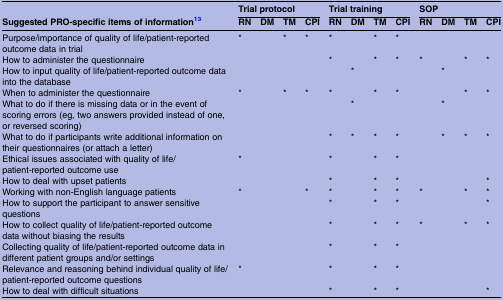
|  | <COLSPAN=4> Trial protocol | <COLSPAN=4> Trial training | <COLSPAN=4> SOP |
 | Suggested PRO-specific items of information13 | RN | DM | TM | CPI | RN | DM | TM | CPI | RN | DM | TM | CPI |
 | --- | --- | --- | --- | --- | --- | --- | --- | --- | --- | --- | --- | --- |
 | Purpose/importance of quality of life/patient-reported outcome data in trial | * |  | * | * | * |  | * | * |  |  |  |  |
 | How to administer the questionnaire |  |  |  |  | * |  | * | * | * |  | * | * |
 | How to input quality of life/patient-reported outcome data into the database |  |  |  |  |  | * |  |  |  | * |  |  |
 | When to administer the questionnaire | * |  | * | * | * |  | * | * |  |  | * | * |
 | What to do if there is missing data or in the event of scoring errors (eg, two answers provided instead of one, or reversed scoring) |  |  |  |  |  | * |  |  |  | * |  |  |
 | What to do if participants write additional information on their questionnaires (or attach a letter) |  |  |  |  | * | * | * | * |  | * | * | * |
 | Ethical issues associated with quality of life/patient-reported outcome use | * |  |  |  | * |  | * | * |  |  |  |  |
 | How to deal with upset patients |  |  |  |  | * |  | * | * |  |  |  | * |
 | Working with non-English language patients | * |  |  | * | * |  | * | * | * |  | * | * |
 | How to support the participant to answer sensitive questions |  |  |  |  | * |  | * | * |  |  |  | * |
 | How to collect quality of life/patient-reported outcome data without biasing the results |  |  |  |  | * |  | * | * | * |  | * | * |
 | Collecting quality of life/patient-reported outcome data in different patient groups and/or settings |  |  |  |  | * |  | * | * |  |  |  |  |
 | Relevance and reasoning behind individual quality of life/patient-reported outcome questions | * |  |  |  | * |  | * | * |  |  |  |  |
 | How to deal with difficult situations |  |  |  |  | * |  | * | * |  |  |  | * |